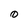
Character: 0